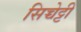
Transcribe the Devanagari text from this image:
सिच्चेट्टी